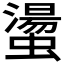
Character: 𧑘